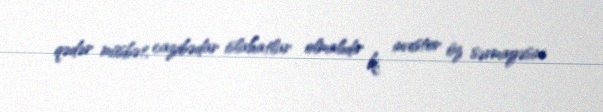
qədər müsbət, cazibədar islahatlar olmalıdır ki, investor öz sərmayəsini